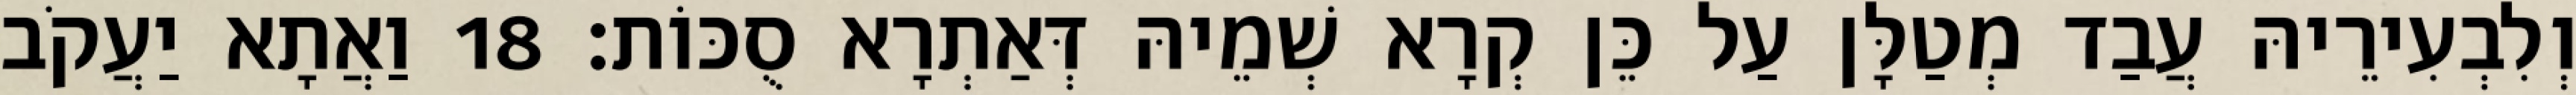
וְלִבְעִירֵיהּ עֲבַד מְטַלָּן עַל כֵּן קְרָא שְׁמֵיהּ דְּאַתְרָא סֻכּוֹת׃ 18 וַאֲתָא יַעֲקֹב